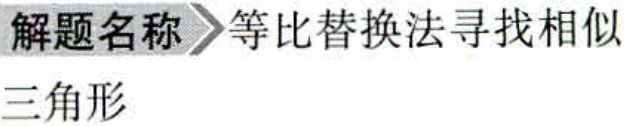
\textbf{解题名称} \textgreater\textgreater 等比替换法寻找相似\\
三角形